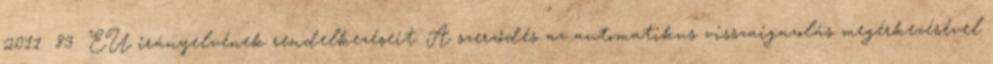
2011 83 EU irányelvének rendelkezéseit. A szerződés az automatikus visszaigazolás megérkezésével